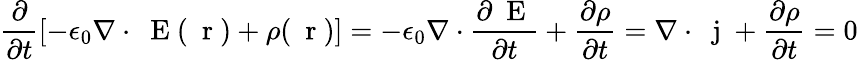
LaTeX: \frac{\partial}{\partial t}[-\epsilon_{0}\nabla\cdot\mathrm{~\mathbf~E~}(\mathrm{~\mathbf~r~})+\rho(\mathrm{~\mathbf~r~})]=-\epsilon_{0}\nabla\cdot\frac{\partial\mathrm{~\mathbf~E~}}{\partial t}+\frac{\partial\rho}{\partial t}=\nabla\cdot\mathrm{~\mathbf~j~}+\frac{\partial\rho}{\partial t}=0